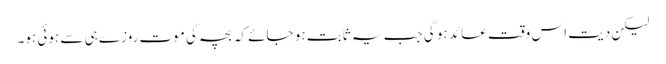
لیکن دیت اس وقت عائد ہو گی جب یہ ثابت ہو جائے کہ بچہ کی موت روزے ہی سے ہوئی ہو۔